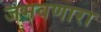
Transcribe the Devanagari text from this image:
जमवणारा